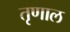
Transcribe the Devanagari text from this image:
तृणाल